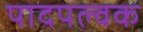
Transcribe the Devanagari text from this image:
पादपल्वक